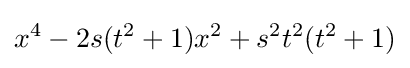
x^{4}-2s(t^{2}+1)x^{2}+s^{2}t^{2}(t^{2}+1)